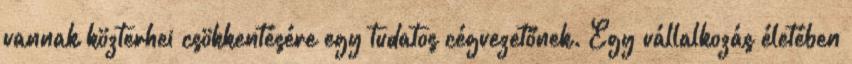
vannak közterhei csökkentésére egy tudatos cégvezetőnek. Egy vállalkozás életében